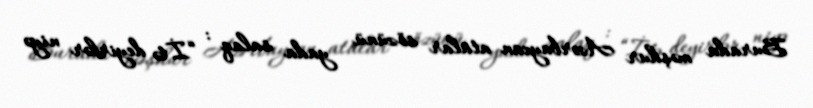
Burada məşhur Azərbaycan atalar sözünü yada salaq : “İtə deyirlər niyə